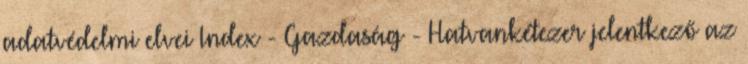
adatvédelmi elvei Index - Gazdaság - Hatvankétezer jelentkező az